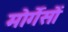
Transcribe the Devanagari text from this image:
मोर्गेसों